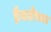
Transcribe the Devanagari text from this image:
हैबतीच्या